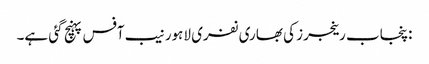
:پنجاب رینجرز کی بھاری نفری لاہور نیب آفس پہنچ گئی ہے۔